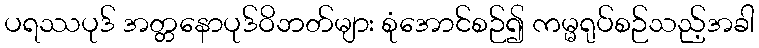
ပရဿပုဒ် အတ္တနောပုဒ်ဝိဘတ်များ စုံအောင်စဉ်၍ ကမ္မရုပ်စဉ်သည့်အခါ